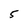
Character: 5